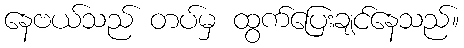
နေဗယ်သည် တပ်မှ ထွက်ပြေးချင်နေသည်။